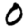
Digit: 0